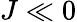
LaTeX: J\ll 0